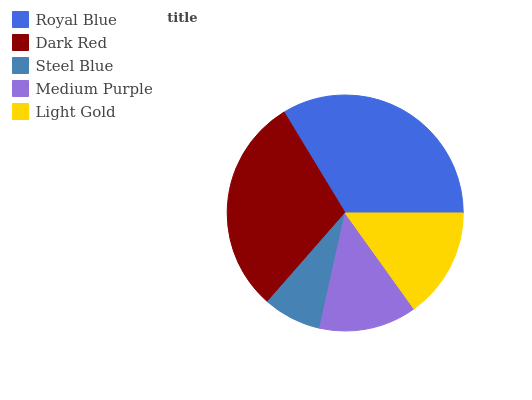
| Royal Blue | Dark Red | Steel Blue | Medium Purple | Light Gold |
 | --- | --- | --- | --- | --- |
 | 33.7% | 29.9% | 7.95% | 13.4% | 15.1% |